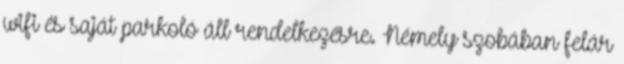
wifi és saját parkoló áll rendelkezésre. Némely szobában felár